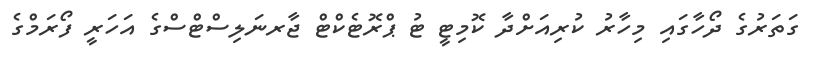
ގަތަރުގެ ދޯހާގައި މިހާރު ކުރިއަށްދާ ކޮމިޓީ ޓު ޕްރޮޓެކްޓް ޖާރނަލިސްޓްސްގެ އަހަރީ ފޯރަމްގެ